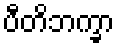
ပီတိဘက္ခာ